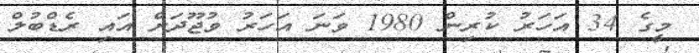
މީގެ 34 އަހަރު ކުރިން 1980 ވަނަ އަހަރު ވުޖޫދަށް އައި ރެޑްބުލް